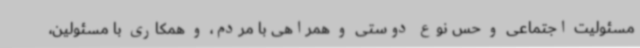
مسئولیت اجتماعی و حس نوع دوستی و همراهی با مردم، و همکاری با مسئولین،